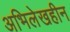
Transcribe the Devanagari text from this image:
अभिलेखहीन